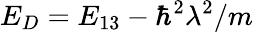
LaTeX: E_{D}=E_{13}-\hbar^{2}\lambda^{2}/m